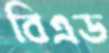
বিএড